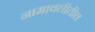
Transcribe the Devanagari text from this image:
नामावलीतील